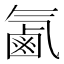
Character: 㲶